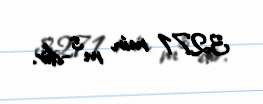
3271 min m³-dir.